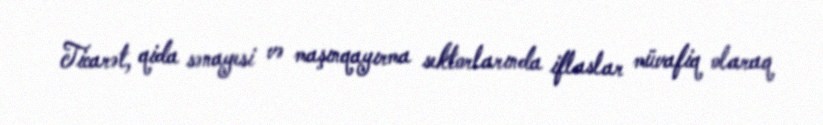
Ticarət, qida sənayesi və maşınqayırma sektorlarında iflaslar müvafiq olaraq